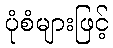
ပုံစံများဖြင့်